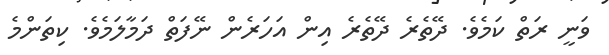
ވަނީ ރަތް ކަމެވެ. ދޭތެރެ ދޭތެރެ އިން އަހަރެން ނޭފަތް ދަމާލަމެވެ. ކިތަންމެ